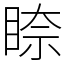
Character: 𥇧